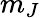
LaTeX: m_{J}